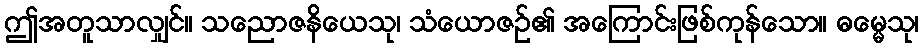
ဤအတူသာလျှင်။ သညောဇနိယေသု၊ သံယောဇဉ်၏ အကြောင်းဖြစ်ကုန်သော။ ဓမ္မေသု၊